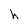
Character: h